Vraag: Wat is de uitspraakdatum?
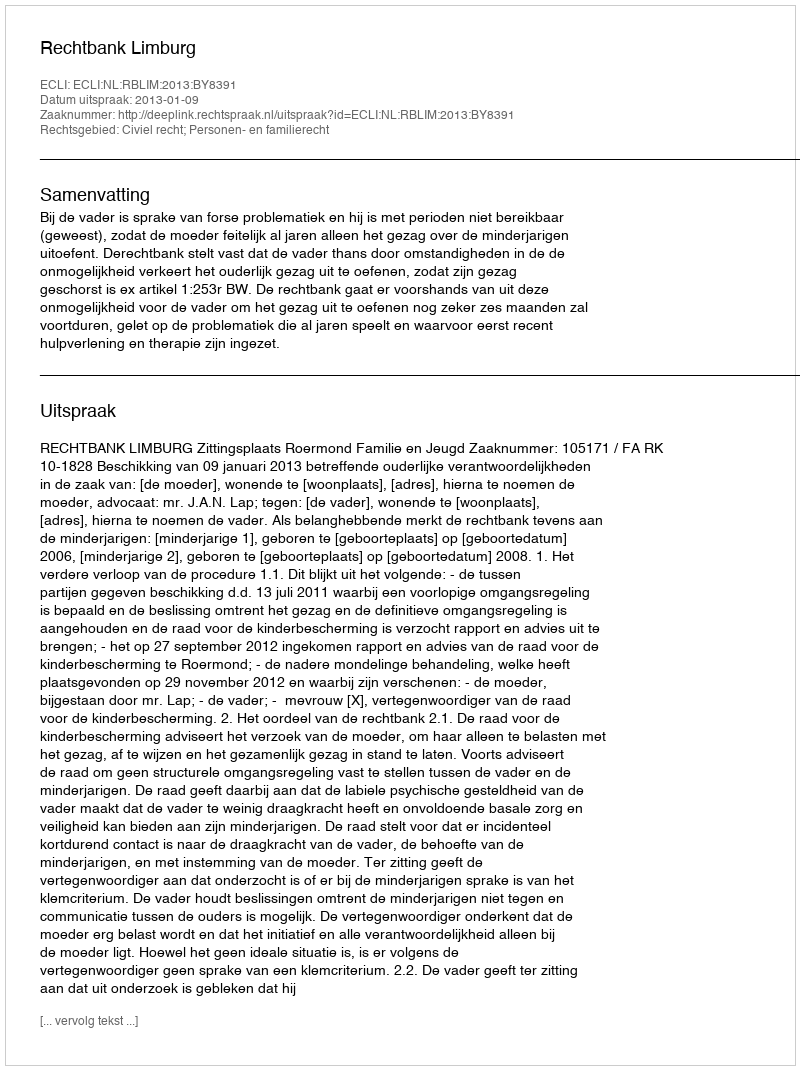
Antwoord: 2013-01-09